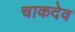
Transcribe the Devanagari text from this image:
चाकदेव